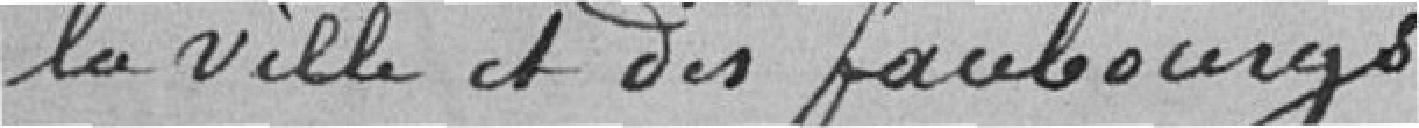
la ville et des faubourgs